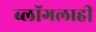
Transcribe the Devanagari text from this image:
ब्लॉगलाही